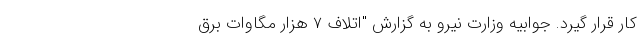
کار قرار گیرد. جوابیه وزارت نیرو به گزارش "اتلاف ۷ هزار مگاوات برق